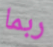
ربما